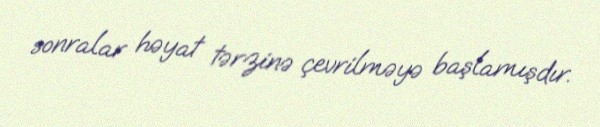
sonralar həyat tərzinə çevrilməyə başlamışdır.